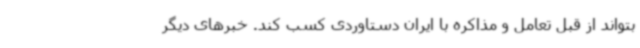
بتواند از قبل تعامل و مذاکره با ایران دستاوردی کسب کند. خبرهای دیگر